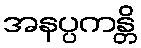
အနပ္ပကန္တိ